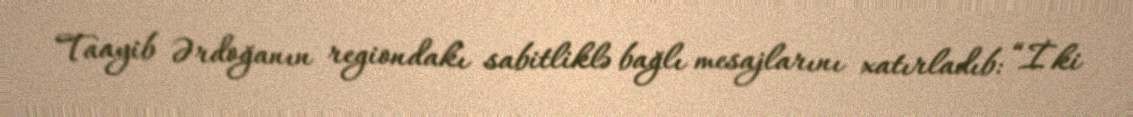
Taayib Ərdoğanın regiondakı sabitliklə bağlı mesajlarını xatırladıb: “İki